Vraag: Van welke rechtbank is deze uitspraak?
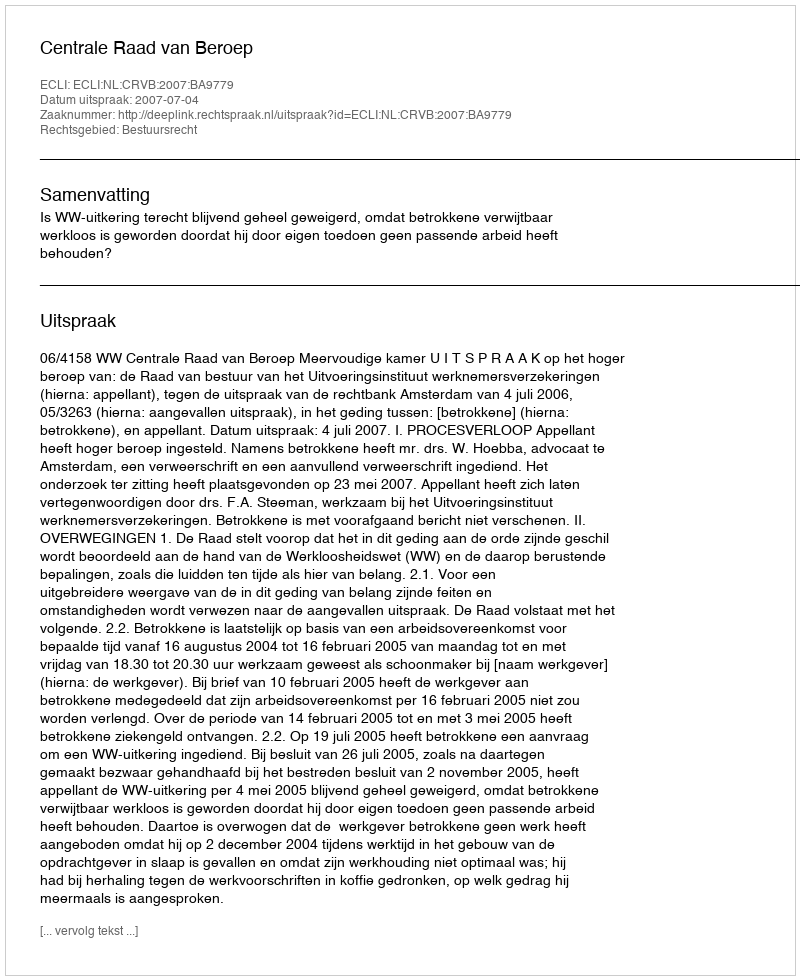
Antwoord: Centrale Raad van Beroep